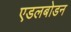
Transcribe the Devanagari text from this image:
एडलबोडन